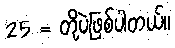
25 = တို့ပဲဖြစ်ပါတယ်။